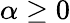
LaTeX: \alpha\ge 0